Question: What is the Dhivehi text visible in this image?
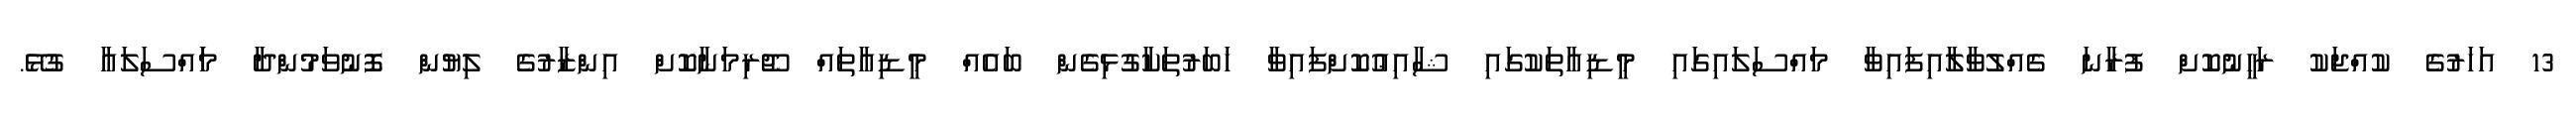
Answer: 13 އަހަރުގެ ކުއްޖަކު ރަހީނުކޮށް ފުރާނަ ގެއްލުވާލާއިފައިވާ މައްސަލައިގައި މީޑިއާތަކުގައި ޝާއިޢުކޮށްފައިވާ ޚަބަރުތަކާގުޅިގެން ބައެއް މީޑިއާތައް ޖޫރިމަނާކޮށް އިންޒާރުގެ ލިޔުން ފޮނުވަމުންދާ މަަައްސަލައާ ގުޅޭ.